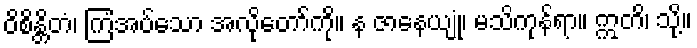
ဝိစိန္တိတံ၊ ကြံအပ်သော အလိုတော်ကို။ န ဇာနေယျုံ၊ မသိကုန်ရာ။ ဣတိ၊ သို့။